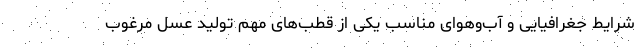
شرایط جغرافیایی و آب‌وهوای مناسب یکی از قطب‌های مهم تولید عسل مرغوب